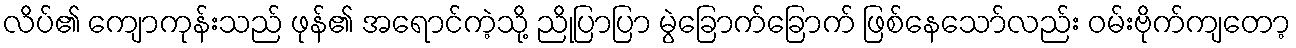
လိပ်၏ ကျောကုန်းသည် ဖုန်၏ အရောင်ကဲ့သို့ ညိုပြာပြာ မွဲခြောက်ခြောက် ဖြစ်နေသော်လည်း ဝမ်းဗိုက်ကျတော့